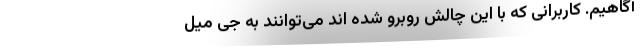
آگاهیم. کاربرانی که با این چالش روبرو شده اند می‌توانند به جی میل